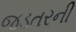
જડતરની